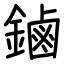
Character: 鏀